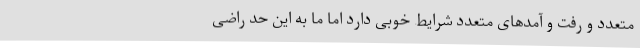
متعدد و رفت و آمدهای متعدد شرایط خوبی دارد اما ما به این حد راضی